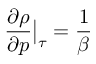
\frac { \partial \rho } { \partial p } \big | _ { \tau } = \frac { 1 } { \beta }